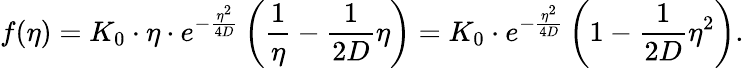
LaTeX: f(\eta)=K_{0}\cdot\eta\cdot e^{-\frac{\eta^{2}}{4D}}\left(\frac{1}{\eta}-\frac{1}{2D}\eta\right)=K_{0}\cdot e^{-\frac{\eta^{2}}{4D}}\left(1-\frac{1}{2D}\eta^{2}\right).